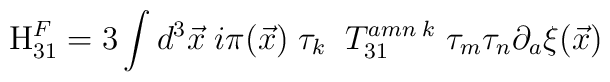
{\rm H}_{31}^{F}=3\int d^{3}{\vec{x}}\;i\pi ({\vec{x}})\;\tau_{k}\;\;T_{31}^{amn\;k}\;\tau _{m}\tau _{n}\partial _{a}{\xi }(\vec{x})